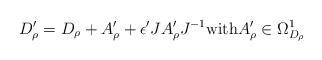
LaTeX: \begin{align*} D'_\rho = D_\rho + A'_\rho + \epsilon' J A'_\rho J^{-1} \mbox{with} A'_\rho\in \Omega_{D_\rho}^1 \end{align*}